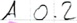
Text: A0.2